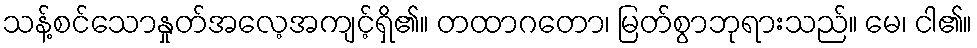
သန့်စင်သောနှုတ်အလေ့အကျင့်ရှိ၏။ တထာဂတော၊ မြတ်စွာဘုရားသည်။ မေ၊ ငါ၏။